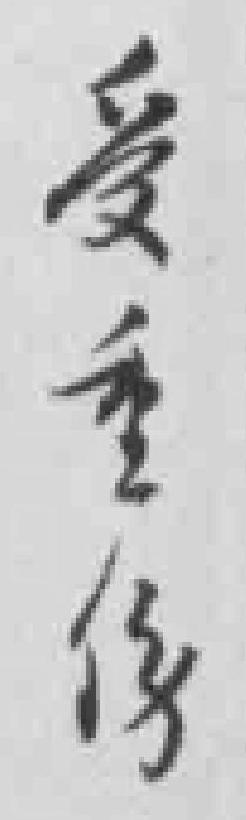
受重傷